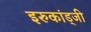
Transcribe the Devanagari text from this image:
इरुकांड्जी